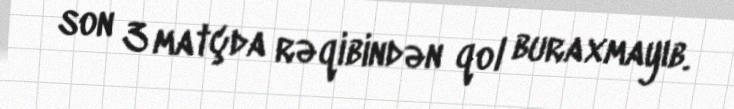
son 3 matçda rəqibindən qol buraxmayıb.